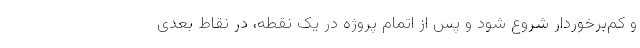
و کم‌برخوردار شروع شود و پس از اتمام پروژه در یک نقطه، در نقاط بعدی